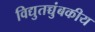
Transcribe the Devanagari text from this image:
विद्युतच्चुंबकीय